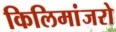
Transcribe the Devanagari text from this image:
किलिमांजरो